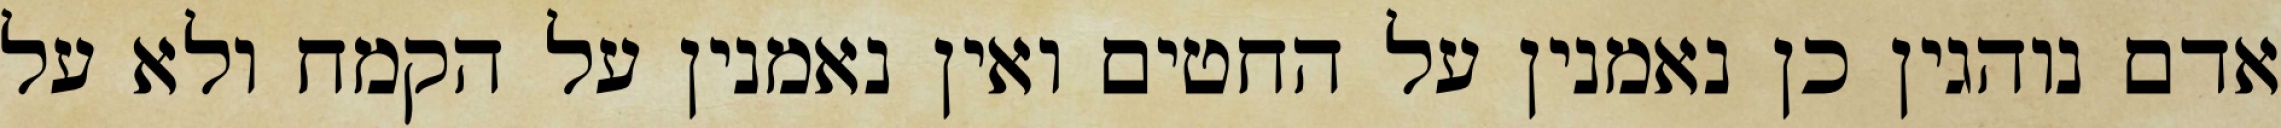
אדם נוהגין כן נאמנין על החטים ואין נאמנין על הקמח ולא על